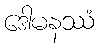
ဒေါမနဿံ